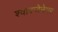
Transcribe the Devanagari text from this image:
श्वारजेनेगर